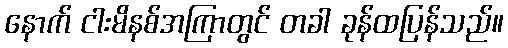
နောက် ငါးမိနစ်အကြာတွင် တခါ ခုန်ထပြန်သည်။